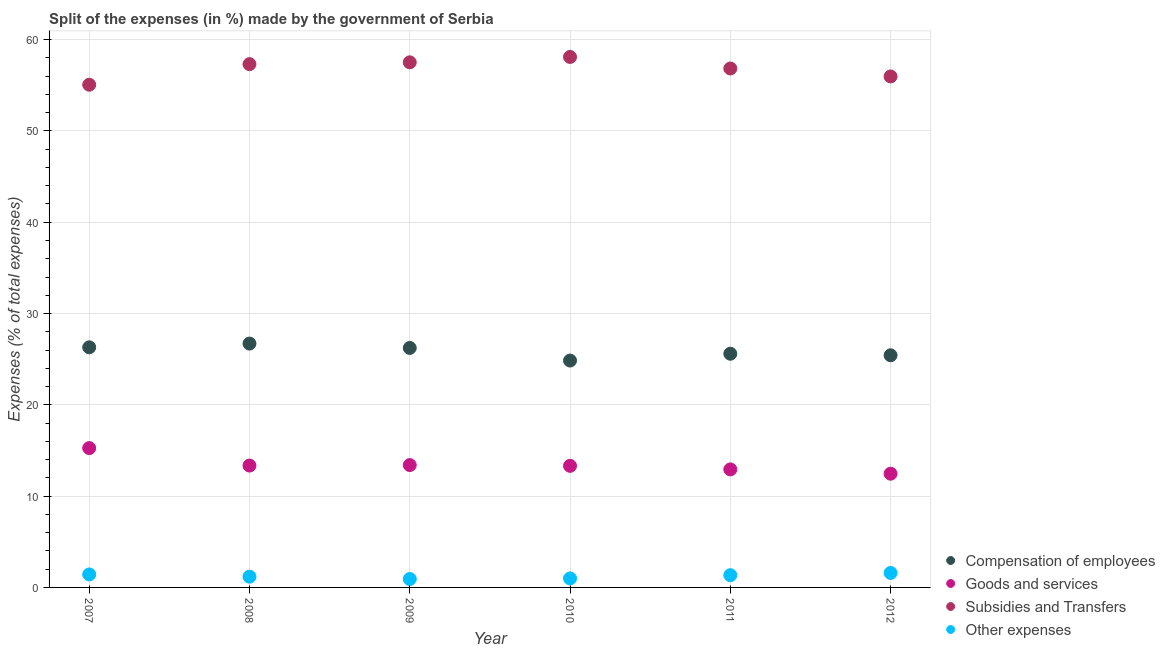
| Year | Compensation of employees | Goods and services | Subsidies and Transfers | Other expenses |
 | --- | --- | --- | --- | --- |
 | 2007 | 26.3 | 15.3 | 55.1 | 1.42 |
 | 2008 | 26.7 | 13.3 | 57.3 | 1.18 |
 | 2009 | 26.2 | 13.4 | 57.5 | 0.921 |
 | 2010 | 24.8 | 13.3 | 58.1 | 0.986 |
 | 2011 | 25.6 | 12.9 | 56.8 | 1.34 |
 | 2012 | 25.4 | 12.5 | 56 | 1.59 |